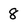
Character: 8